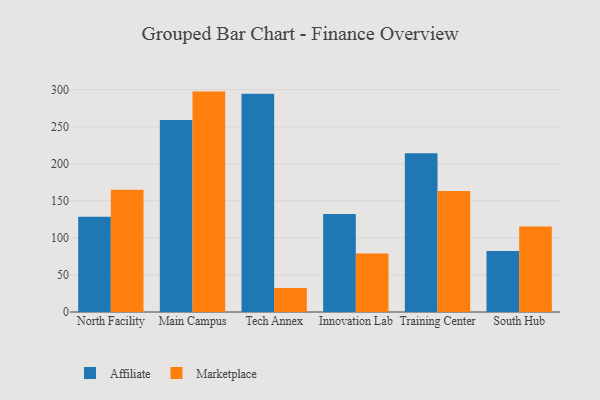
{"axis": {"x": "Campus", "y": "Shipments"}, "legend": ["Affiliate", "Marketplace"], "data": [{"x": "North Facility", "y": 128.5, "type": "Affiliate"}, {"x": "North Facility", "y": 164.9, "type": "Marketplace"}, {"x": "Main Campus", "y": 259.2, "type": "Affiliate"}, {"x": "Main Campus", "y": 297.5, "type": "Marketplace"}, {"x": "Tech Annex", "y": 294.5, "type": "Affiliate"}, {"x": "Tech Annex", "y": 32.5, "type": "Marketplace"}, {"x": "Innovation Lab", "y": 132.2, "type": "Affiliate"}, {"x": "Innovation Lab", "y": 78.9, "type": "Marketplace"}, {"x": "Training Center", "y": 214.3, "type": "Affiliate"}, {"x": "Training Center", "y": 163.4, "type": "Marketplace"}, {"x": "South Hub", "y": 82.4, "type": "Affiliate"}, {"x": "South Hub", "y": 115.5, "type": "Marketplace"}]}